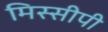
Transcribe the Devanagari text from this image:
मिस्सीपी